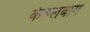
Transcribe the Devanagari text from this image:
केवलबाग